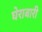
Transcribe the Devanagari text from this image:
घेराबारी